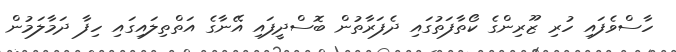
ހާސްވެފައި ހުރި ޒޫރިންގެ ކޯތާފަތުގައި ދެފަރާތުން ބޮސްދީފައި އޭނާގެ އަތްތިލައިގައި ހިފާ ދަމާލަމުން